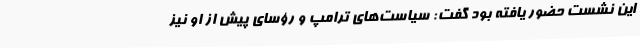
این نشست حضور یافته بود گفت: سیاست‌های ترامپ و رؤسای پیش از او نیز